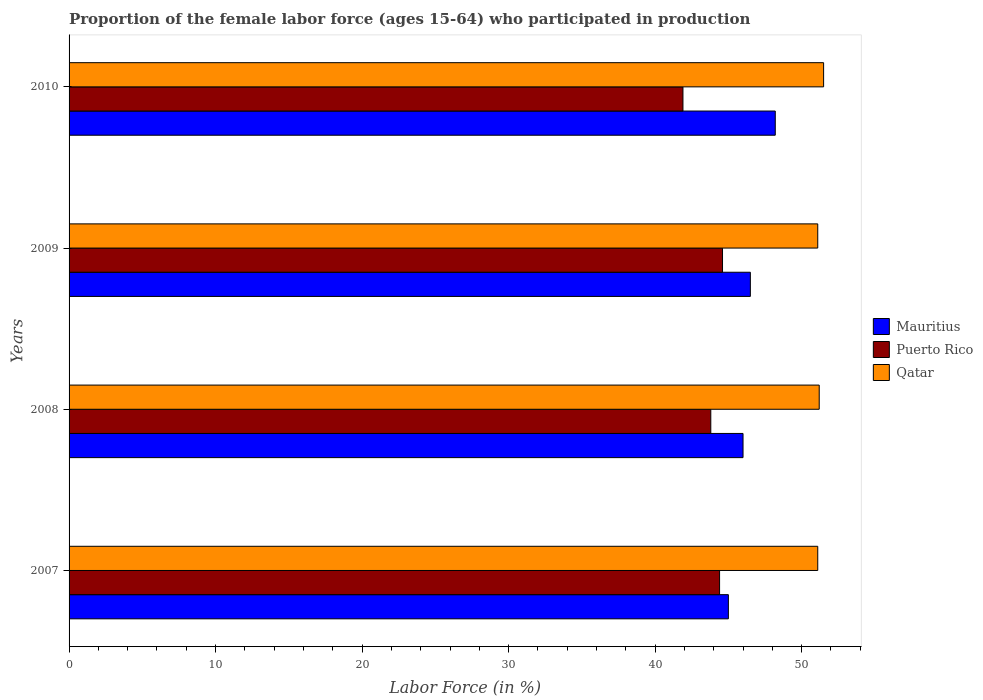
| Years | Mauritius | Puerto Rico | Qatar |
 | --- | --- | --- | --- |
 | 2007 | 45 | 44.4 | 51.1 |
 | 2008 | 46 | 43.8 | 51.2 |
 | 2009 | 46.5 | 44.6 | 51.1 |
 | 2010 | 48.2 | 41.9 | 51.5 |